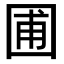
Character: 圃